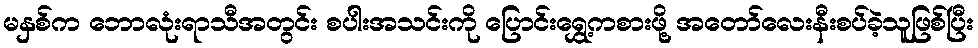
မနှစ်က ဘောလုံးရာသီအတွင်း စပါးအသင်းကို ပြောင်းရွှေ့ကစားဖို့ အတော်လေးနီးစပ်ခဲ့သူဖြစ်ပြီး